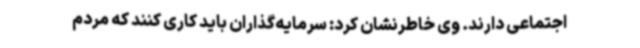
اجتماعی دارند. وی خاطرنشان کرد: سرمایه‌گذاران باید کاری کنند که مردم